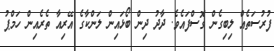
ފުރުސަތެއް ލިބިގެން ގޮސްފައެވެ. ދާދު ދިން ބޯޅައިން ލަންކާގެ އޭރިއާ ތެރެއިން ހަމްޕު